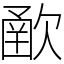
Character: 𣣻